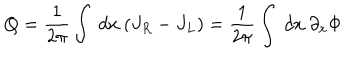
Q = { \frac { 1 } { 2 \pi } } \int ~ d x ~ ( J _ { R } - J _ { L } ) = { \frac { 1 } { 2 \pi } } \int ~ d x ~ \partial _ { x } \Phi